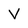
Character: V